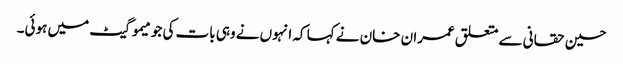
حسین حقانی سے متعلق عمران خان نے کہا کہ انہوں نے وہی بات کی جو میمو گیٹ میں ہوئی۔